Leaving Certificate Examination (including Day School Certificate (Higher) General paper), 1937
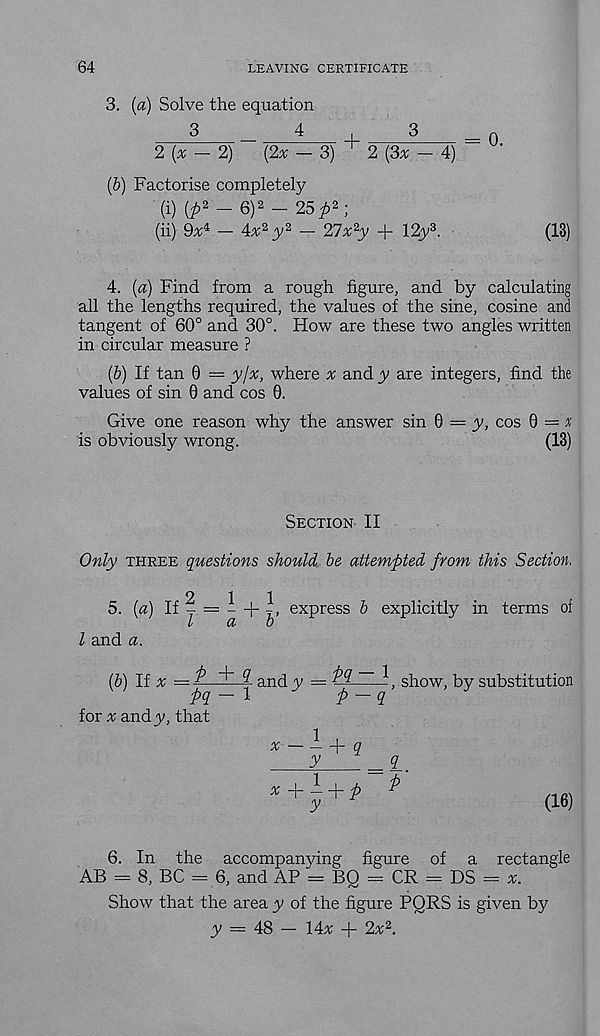
64
LEAVING CERTIFICATE
3. (a) Solve the equation
2 (x — 2)
(2x - 3) 1 2 (3% - 4)
(b) Factorise completely
(i) (^2 _ 6 )2 _ 25^2 .
(ii) 9v 4 _ 4^2 y 2 - 27x 2 y + 12y 3 .
(13)
4. (a) Find from a rough figure, and by calculating
all the lengths required, the values of the sine, cosine and
tangent of 60° and 30°. How are these two angles written
in circular measure ?
(6) If tan 6 — y/x, where x and y are integers, find the
values of sin 0 and cos 0.
Give one reason why the answer sin 0 — y, cos (j = %
is obviously wrong.
(13)
Section II
Only three questions should be attempted from this Section.
2
11
5. [a) If j = - + - , express b explicitly in terms of
l and a.
{b) li x —
and y = ^2
^ show, by substitution
ha — l
— a
Pq
for n; and y, that
1
x
+ q
y
X+- + P
y
<L
P'
(16)
6. In the accompanying figure of a rectangle
AB = 8, BC = 6, and AP = BQ = CR = DS =
Show that the area y of the figure PQRS is given by
y = 48 — 14a; + 2x 2 .